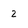
Character: 2